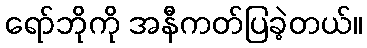
ရော်ဘိုကို အနီကတ်ပြခဲ့တယ်။